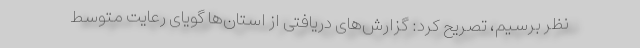
نظر برسیم، تصریح کرد: گزار‌ش‌های دریافتی از استان‌ها گویای رعایت متوسط